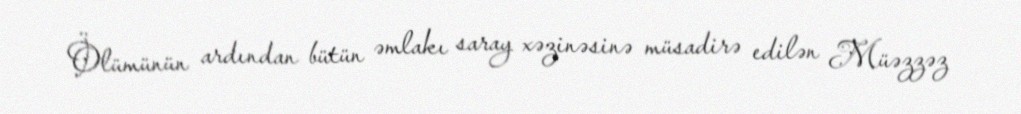
Ölümünün ardından bütün əmlakı saray xəzinəsinə müsadirə edilən Müəzzəz